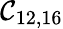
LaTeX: \mathcal{C}_{12,16}